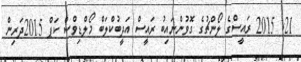
21